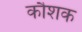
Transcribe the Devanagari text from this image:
कौशक